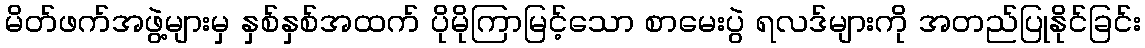
မိတ်ဖက်အဖွဲ့များမှ နှစ်နှစ်အထက် ပိုမိုကြာမြင့်သော စာမေးပွဲ ရလဒ်များကို အတည်ပြုနိုင်ခြင်း